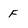
Character: f